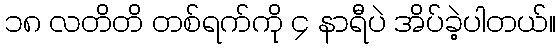
၁၈ လတိတိ တစ်ရက်ကို ၄ နာရီပဲ အိပ်ခဲ့ပါတယ်။